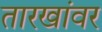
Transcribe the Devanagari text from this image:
तारखांवर